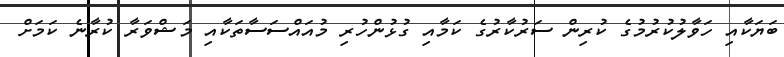
ބަޔަކާއި ހަވާލުކުރުމުގެ ކުރިން ސަރުކާރުގެ ކަމާއި ގުޅުންހުރި މުއައްސަސާތަކާއި މަޝްވަރާ ކުރާނެ ކަމަށް